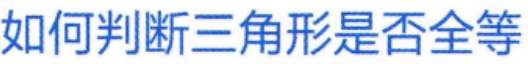
如何判断三角形是否全等